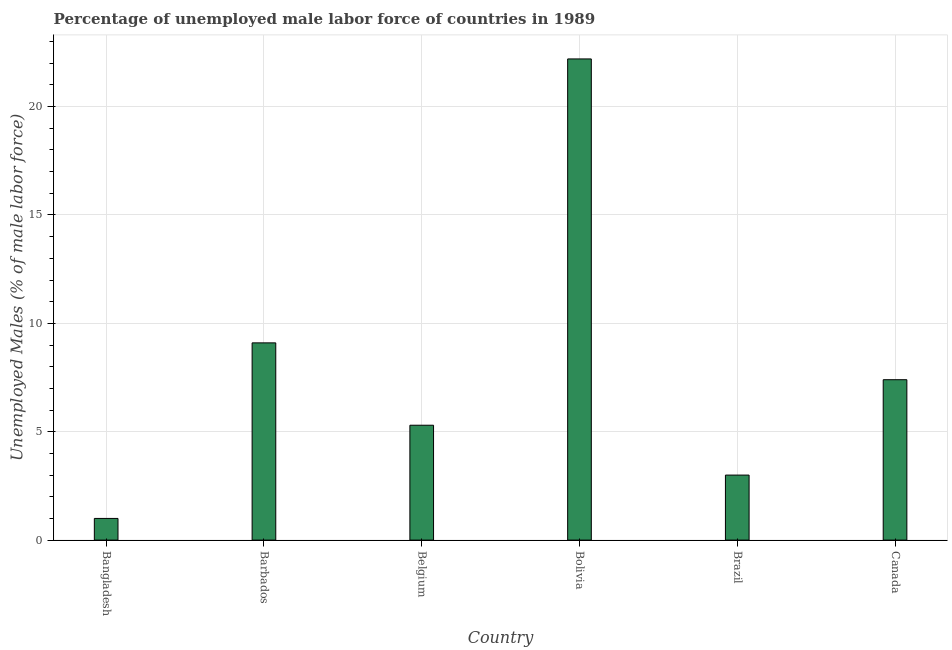
| Country | Unemployment male |
 | --- | --- |
 | Bangladesh | 1 |
 | Barbados | 9.1 |
 | Belgium | 5.3 |
 | Bolivia | 22.2 |
 | Brazil | 3 |
 | Canada | 7.4 |